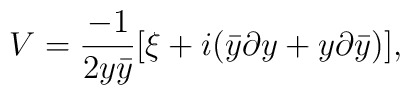
V ={-1\over {2y\bar{y}}}[\xi +i(\bar{y}\partial y+ y \partial \bar{y})],